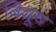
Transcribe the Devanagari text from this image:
बिदूष